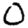
Digit: 0